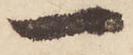
一